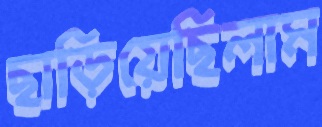
ছাড়িয়েছিলাম